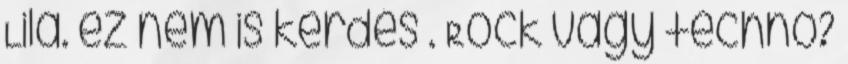
Lila. ez nem is kérdés . Rock vagy techno?